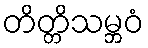
တိတ္တိသမ္ဘဝံ